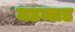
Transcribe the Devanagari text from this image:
मडब्लड